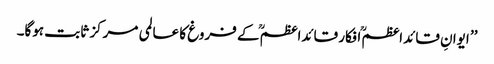
’’ ایوانِ قائداعظمؒ افکار قائداعظمؒ کے فروغ کا عالمی مرکز ثابت ہوگا۔